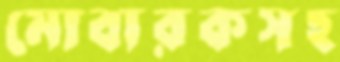
মোবারকসহ